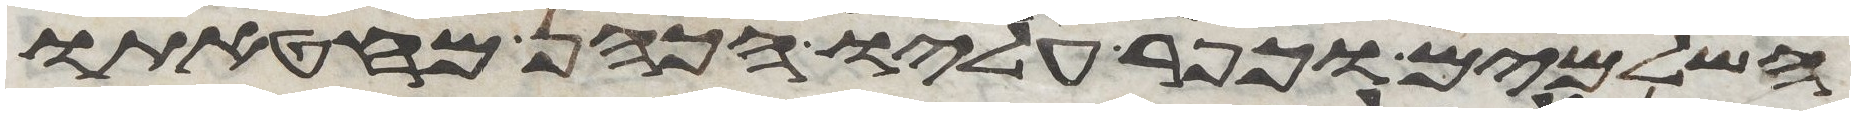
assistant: השלמים וכפר עליו הכהן מחטאתו